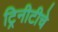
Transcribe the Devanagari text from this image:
ट्रिनीटीचे